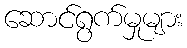
ဆောင်ရွက်မှုများ